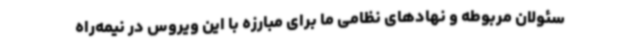
سئولان مربوطه و نهادهای نظامی ما برای مبارزه با این ویروس در نیمه‌راه